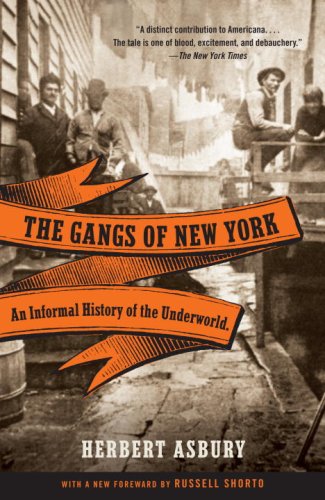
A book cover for The Gangs of New York: An Informal History of the Underworld; Herbert Asbury; Biographies & Memoirs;